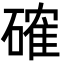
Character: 確